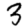
Digit: 3